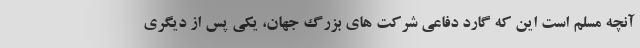
آنچه مسلم است این که گارد دفاعی شرکت های بزرگ جهان، یکی پس از دیگری